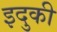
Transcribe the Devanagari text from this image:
इदुकी